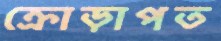
ক্রোড়াপত